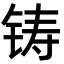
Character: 铸